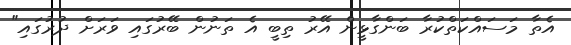
އެތާ މަސައްކަތްކުރާ ބަންގާޅީން އޭރު ތިބީ އެ ތަނުން ބޭރުގައި ވަރަށް ދުރުގައި"